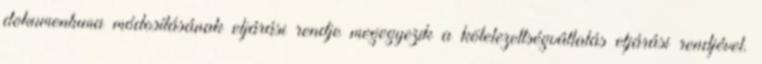
dokumentuma módosításának eljárási rendje megegyezik a kötelezettségvállalás eljárási rendjével.